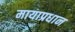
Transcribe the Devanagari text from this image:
मायाप्रधान